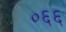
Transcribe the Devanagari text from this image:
०६६